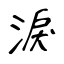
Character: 淚